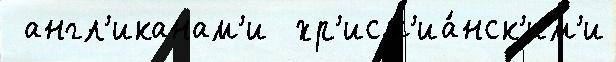
 англ'иканам'и  хр'ист'иа́нск'им'и